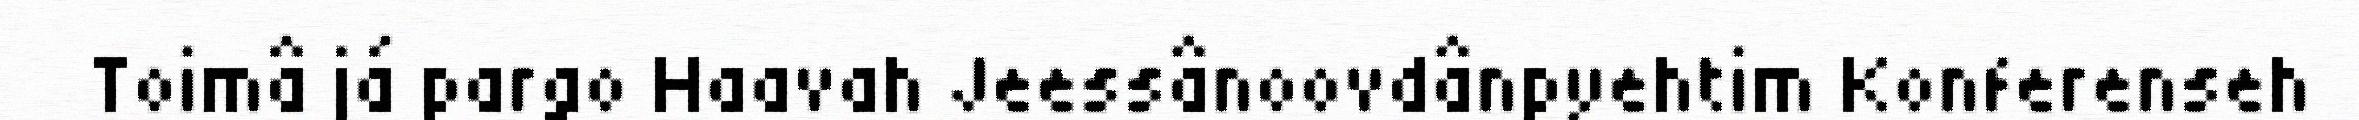
Toimâ já pargo Haavah Jeessânoovdânpyehtim Konferenseh